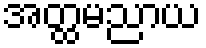
အတ္ထမညာယ